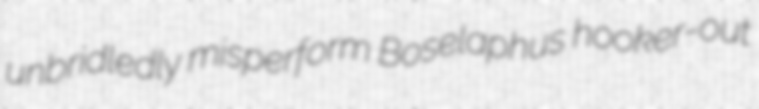
unbridledly misperform Boselaphus hooker-out